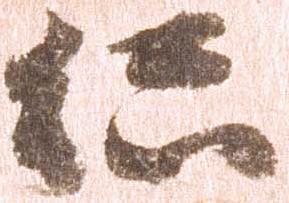
総